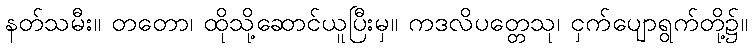
နတ်သမီး။ တတော၊ ထိုသို့ဆောင်ယူပြီးမှ။ ကဒလိပတ္တေသု၊ ငှက်ပျောရွက်တို့၌။